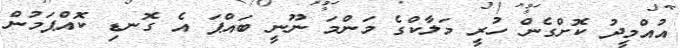
އުއްމީދު ކޮށްގެން ހުރީ މަލާކްގެ މަންމަ ނޫނީ ބައްޕަ އެ ގޮނޑި ކޮއްޕަމުން